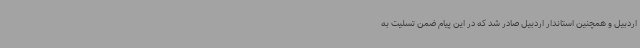
اردبیل و همچنین استاندار اردبیل صادر شد که در این پیام ضمن تسلیت به